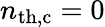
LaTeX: n_{\mathrm{th,c}}=0